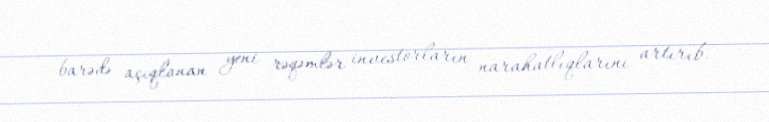
barədə açıqlanan yeni rəqəmlər investorların narahatlıqlarını artırıb.